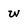
Character: W